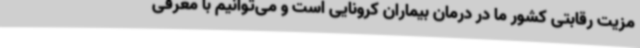
مزیت رقابتی کشور ما در درمان بیماران کرونایی است و می‌توانیم با معرفی